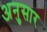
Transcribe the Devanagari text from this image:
अनुसार